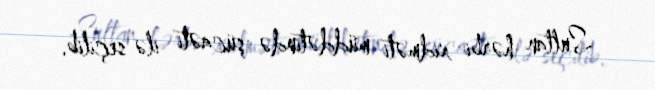
Sultan hərbi xidməti müddətində şücaəti ilə seçilib.